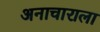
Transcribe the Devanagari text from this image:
अनाचाराला